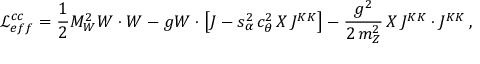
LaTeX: { \mathcal L } _ { e f f } ^ { c c } = \frac { 1 } { 2 } M _ { W } ^ { 2 } W \cdot W - g W \cdot \left[ J - s _ { \alpha } ^ { 2 } \, c _ { \theta } ^ { 2 } \, X \, J ^ { K K } \right] - \frac { g ^ { 2 } } { 2 \, m _ { Z } ^ { 2 } } \, X \, J ^ { K K } \cdot J ^ { K K } \, ,